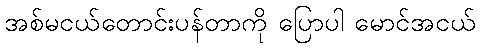
အစ်မငယ်တောင်းပန်တာကို ပြောပါ မောင်အငယ်